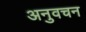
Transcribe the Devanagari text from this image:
अनुवचन